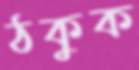
ঠকুক